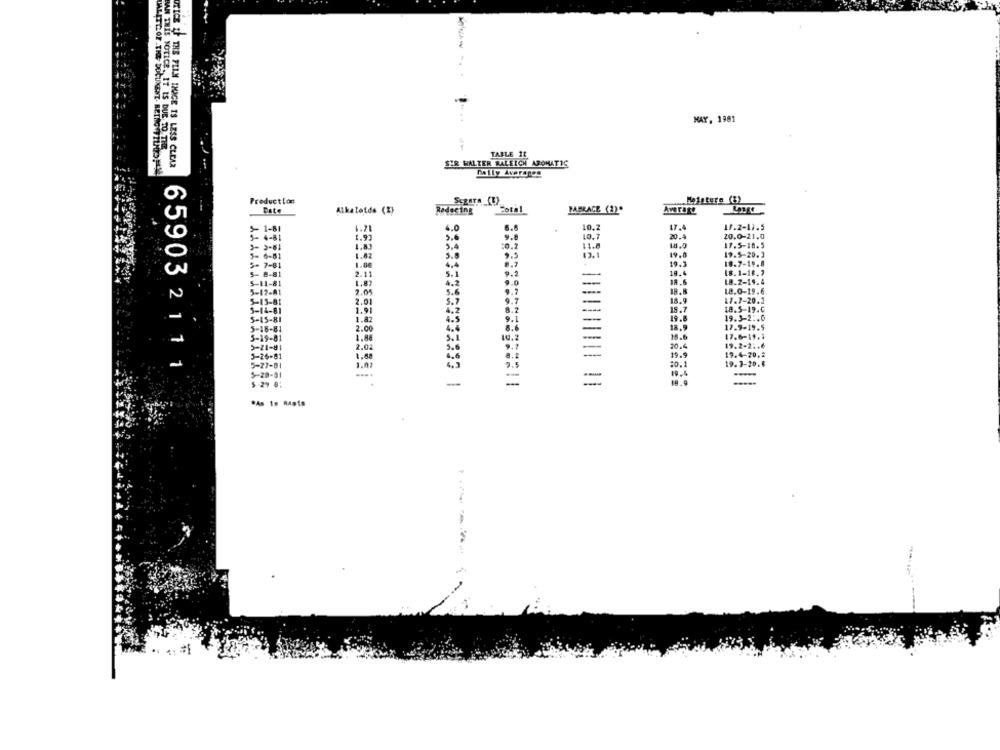
MAY, 1981
BAN THIS NOTICE. IT IS DUE TO THE
TABLE 11
ORICE IF THE FLIN HACE IS LESS CLEAR
SIR WALTER RALEIGH AROMATIC
UALITE: OF THE DOCUMENT. BEING FILMES !!
Daily Averages
Production
Meistere (3)
Date
Alkatetds (1)
Reducing
cotal
FABRACE (3)"
Average
1.21
17.4
17.2-11.5
4.0
10.2
1.91
5.6
20.4
20.0-21,0
5,4
:0.2
11.8
18.0
17.5-18.5
1.A2
12.1
19.0
19.5-20.3
1.00
4.4
19.3
18.7-19.8
18.1-16.7
2.11
5.1
9.2
-
18.4
1.87
4.2
.. 0
-
LA.2-19. 4
2.05
5.6
9.7
---
18.0-19.6
7.01
9.7
-
18.9
17.7-20.3
5.7
15.7
1.9
4.2
8.2
ta. S-19.C
19.3-2 :. 0
1.82
4.5
9.1
-
19.8
2.00
4.4
8.6
-
18.9
17.9-19.5
1.88
5.1
10.2
-
18.6
17.6-19.3
2,02
20.4
19.2-21.6
5.6
19.9
19.4-20.2
4.6
-
65903 2 11 1
1.02
9.5
=0.1
19. 3-20.8
-
19.4
-
-
*As to Raste